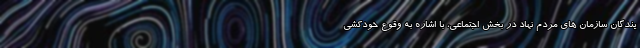
یندگان سازمان های مردم نهاد در بخش اجتماعی، با اشاره به وقوع خودکشی